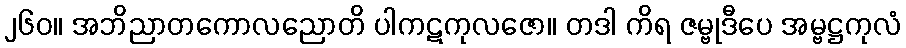
၂၆၀။ အဘိညာတကောလညောတိ ပါကဋကုလဇော။ တဒါ ကိရ ဇမ္ဗုဒီပေ အမ္ဗဋ္ဌကုလံ